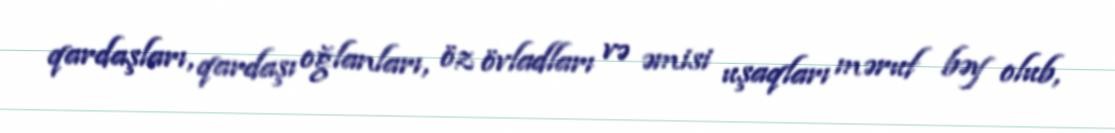
qardaşları, qardaşı oğlanları, öz övladları və əmisi uşaqları məruf bəy olub,